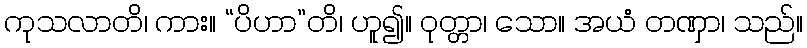
ကုသလာတိ၊ ကား။ “ပိဟာ”တိ၊ ဟူ၍။ ဝုတ္တာ၊ သော။ အယံ တဏှာ၊ သည်။